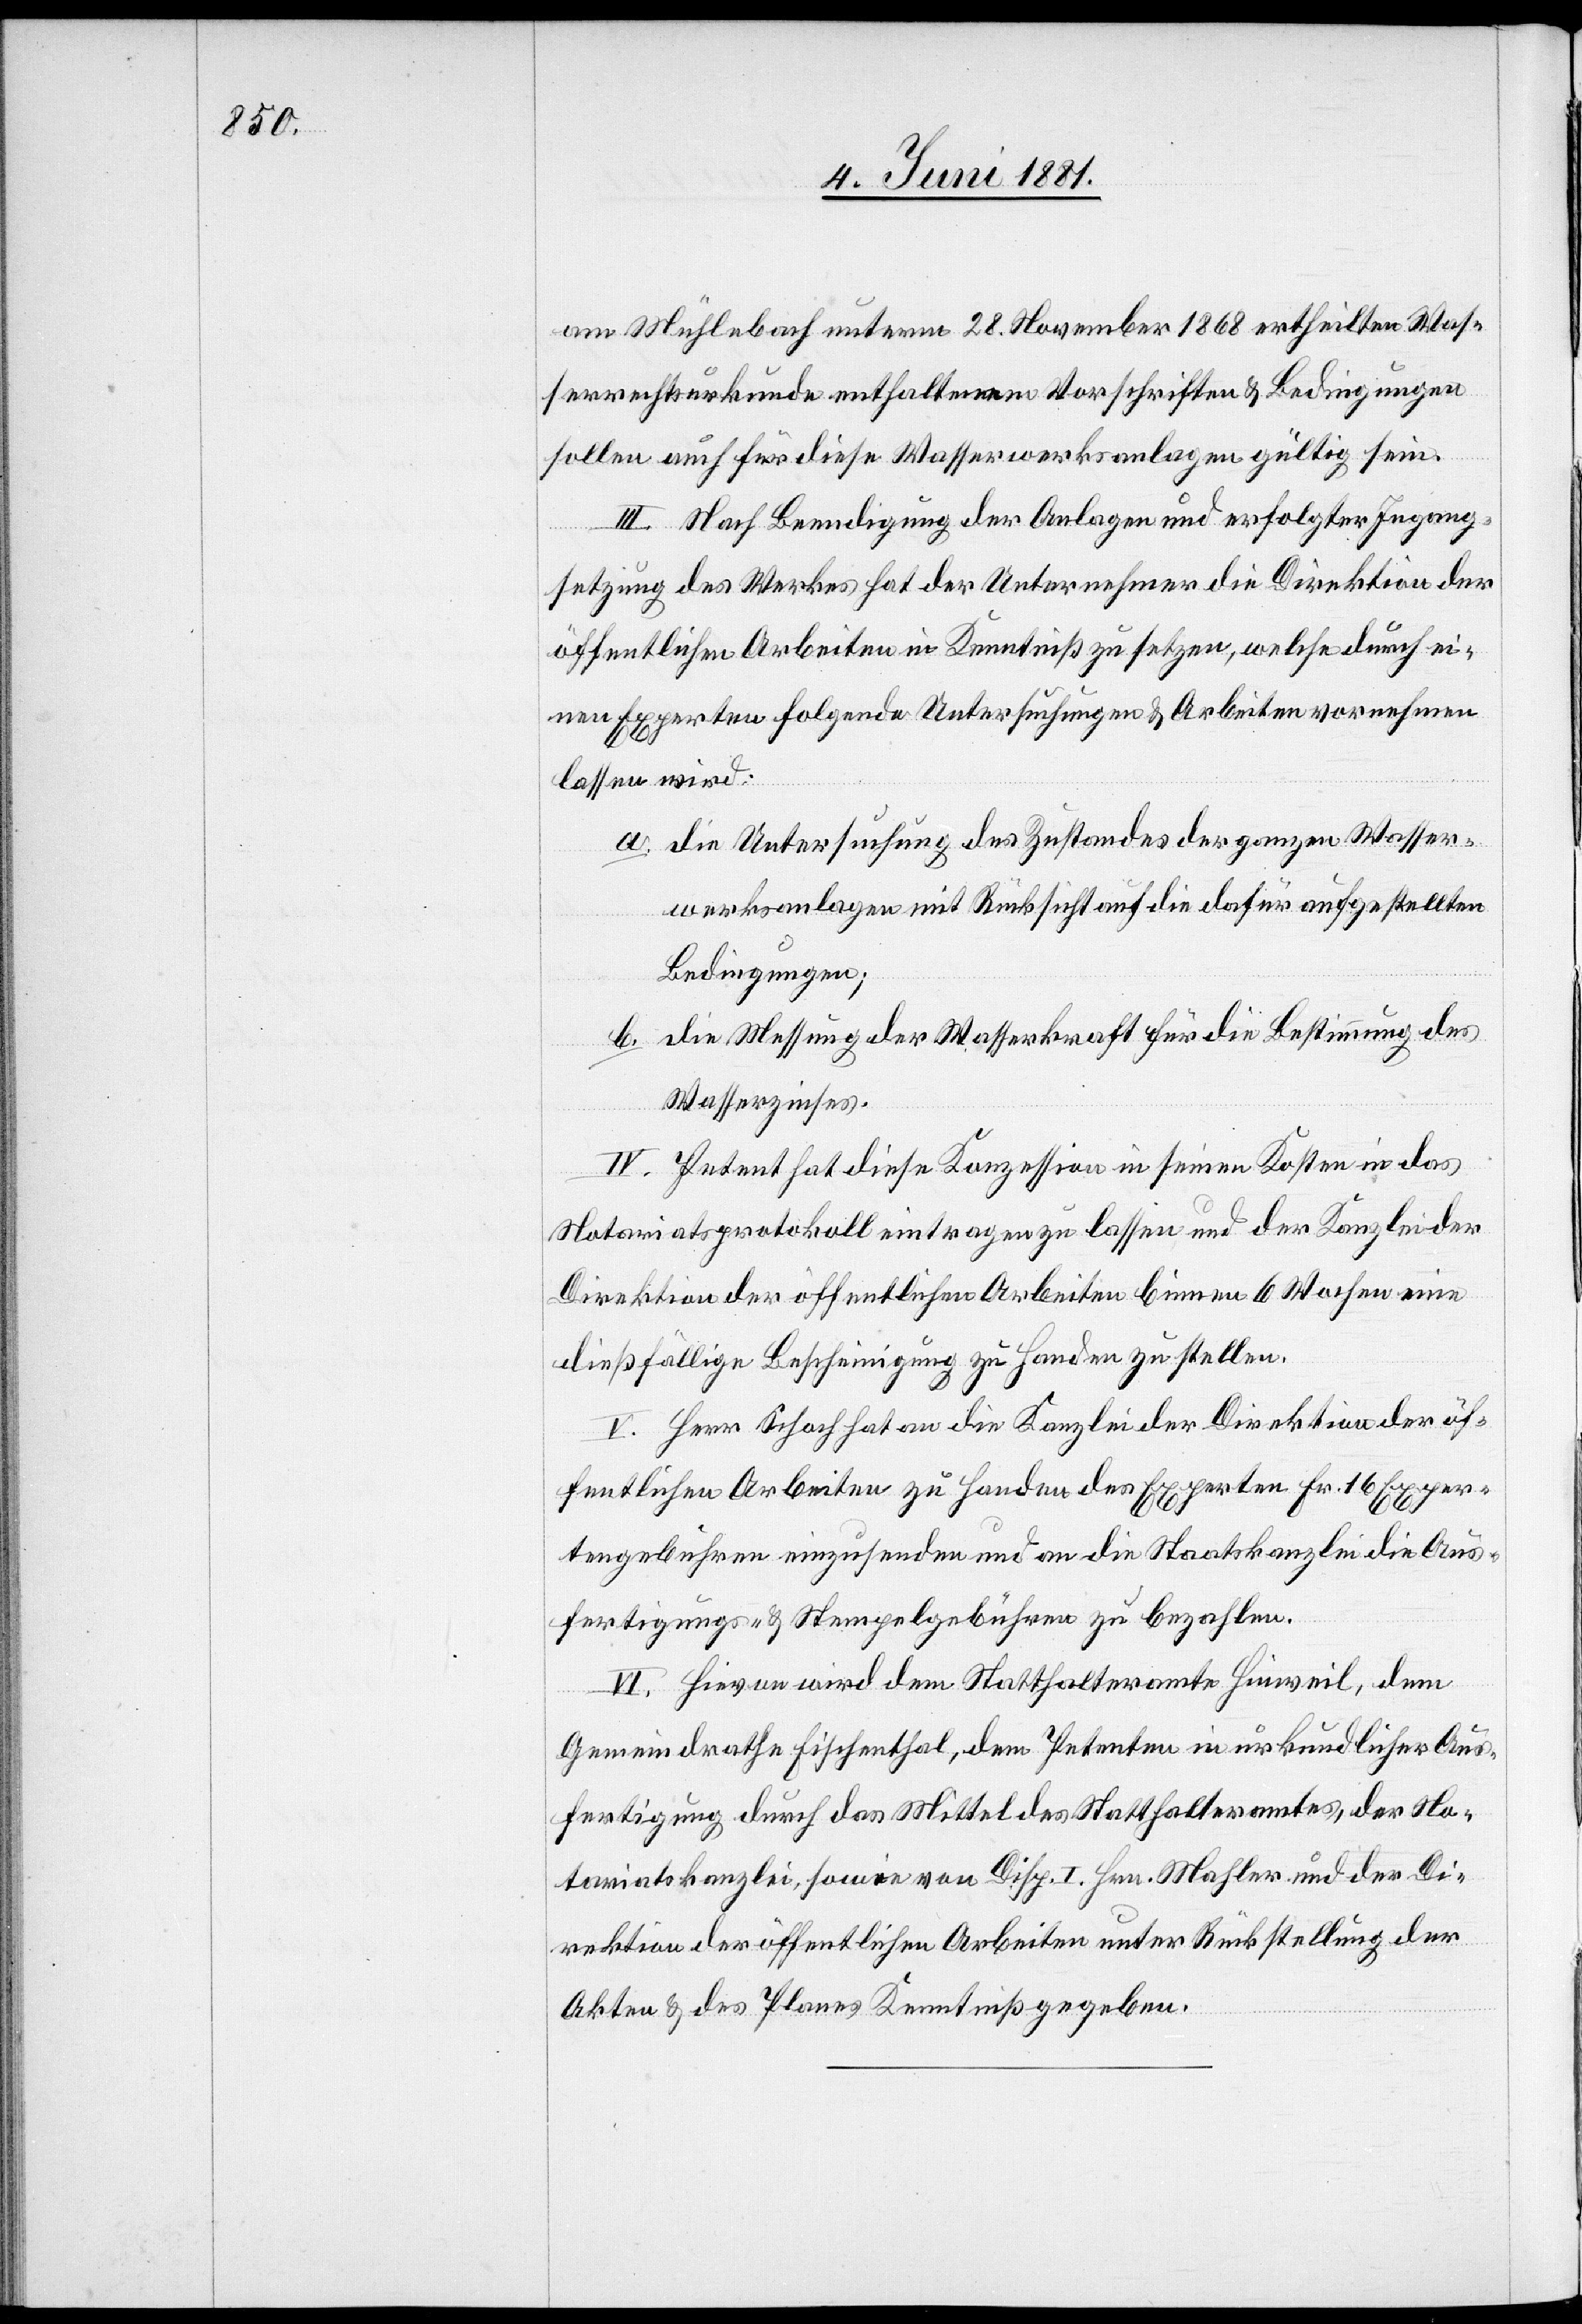
am Mühlebach unterm 28. November 1868 ertheilten Was¬
serrechtsurkunde enthaltenen Vorschriften & Bedingungen
sollen auch für diese Wasserwerksanalgen gültig sein.
III. Nach Beendigung der Anlage und erfolgter Ingang¬
setzung des Werkes hat der Unternehmer die Direktion der
öffentlichen Arbeiten in Kenntniß zu setzen, welche durch ei¬
nen Experten folgende Untersuchungen & Arbeiten vornehmen
lassen wird.
a. die Untersuchung des Zustandes der ganzen Wasser¬
werksanlage mit Rücksicht auf die dafür angestellten
Bedingungen;
b. die Messung der Wasserkraft für die Bestimmung des
Wasserzinses.
IV. Petent hat diese Konzession in seinen Kosten in das
Notariatsprotokoll eintragen zu lassen und der Kanzlei der
Direktion der öffentlichen Arbeiten binnen 6 Wochen eine
dießfällige Bescheinigung zu Handen zu stellen.
V. Herr Schoch hat an die Kanzlei der Direktion der öf¬
fentlichen Arbeiten zu Handen der Experten Fr. 16 Exper¬
tengebühren einzusenden und an die Staatskanzlei die Aus¬
fertigungs- & Stempelgebühren zu bezahlen.
VI. Hievon wird dem Statthalteramte Hinweil, dem
Gemeindrathe Fischenthal, dem Petenten in urkundlicher Aus¬
fertigung durch das Mittel des Statthalteramtes, der No¬
tariatskanzlei, sowie von Disp. I Hrn. Mahler und er Di¬
rektion der öffentlichen Arbeiten unter Rückstellung der
Akten & des Planes Kenntniß zu geben.